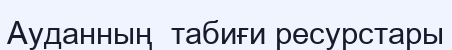
Ауданның  табиғи ресурстары